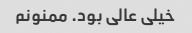
خیلی عالی بود. ‌ممنونم